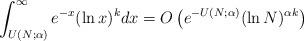
LaTeX: \begin{align*}\int_{U(N; \alpha)}^{\infty} e^{-x} (\ln x)^k dx= O\left(e^{-U(N; \alpha)} (\ln N)^{\alpha k}\right)\end{align*}